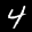
Label: 4